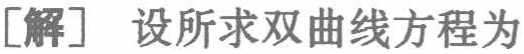
[解] 设所求双曲线方程为